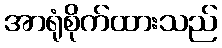
အာရုံစိုက်ထားသည်